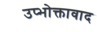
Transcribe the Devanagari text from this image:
उप्भोक्तावाद